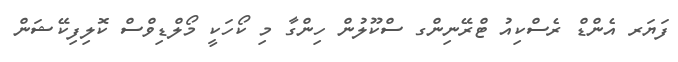
ފަޔަރ އެންޑް ރެސްކިއު ޓްރޭނިންގ ސްކޫލުން ހިންގާ މި ކޯހަކީ މޯލްޑިވްސް ކޮލިފިކޭޝަން